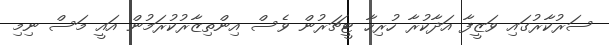
ސަރުކާރުގައި ވަޒީފާ އަދާކުރާ ހުރިހާ ޓީޗަރުން ވެސް އިންތިޒާރުކުރަމުން އައީ މަސް ނިމި